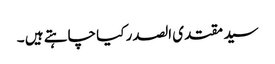
سید مقتدی الصدر کیا چاہتے ہیں ۔